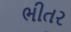
ભીતર